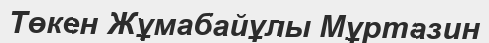
Төкен Жұмабайұлы Мұртазин